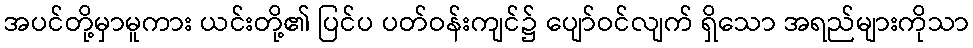
အပင်တို့မှာမူကား ယင်းတို့၏ ပြင်ပ ပတ်ဝန်းကျင်၌ ပျော်ဝင်လျက် ရှိသော အရည်များကိုသာ